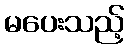
မပေးသည့်